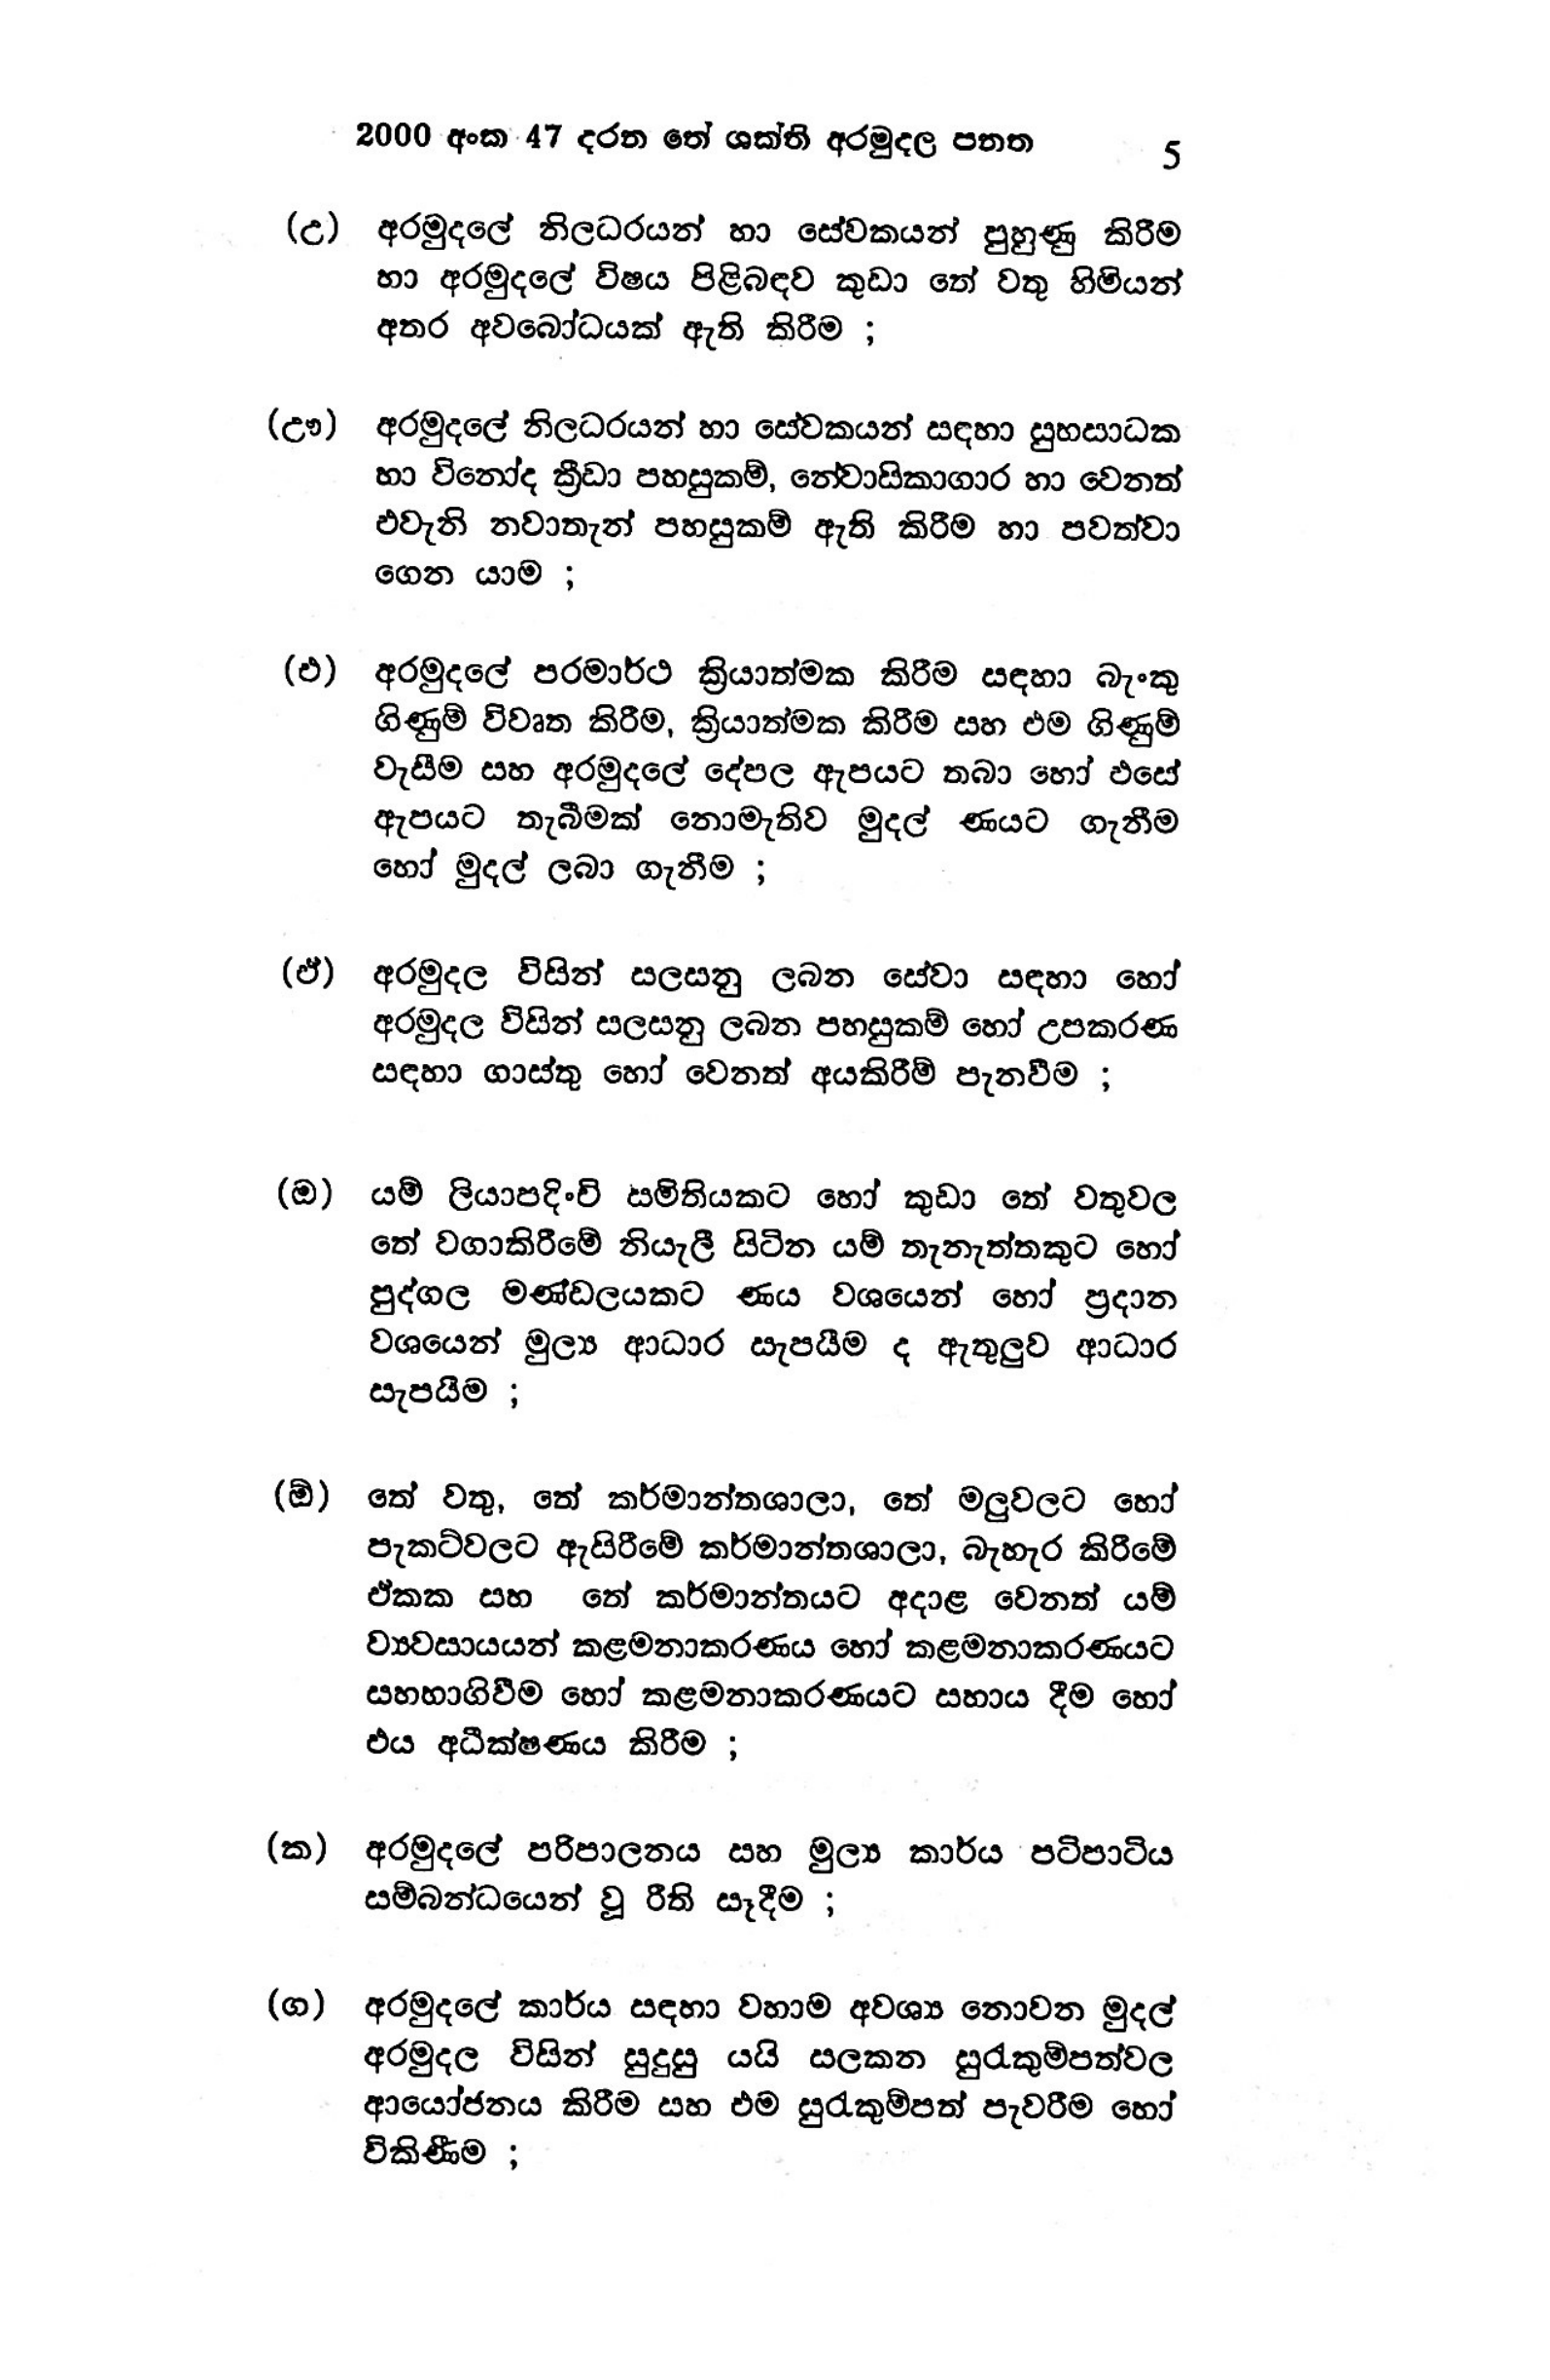
2000 අංක 47 දරන තේ ශක්ති අරමුදල පනත 5

(උ) අරමුදලේ නිලධරයන් හා සේවකයන් පුහුණු කිරීම
හා අරමුදලේ විෂය පිළිබඳව කුඩා තේ වතු හිමියන්
අතර අවබෝධයක් ඇති කිරීම ;

(ඌ) අරමුදලේ නිලධරයන් හා සේවකයන් සඳහා සුභසාධක
හා විනෝද ක්‍රීඩා පහසුකම්, නේවාසිකාගාර හා වෙනත්
එවැනි නවාතැන් පහසුකම් ඇති කිරීම හා පවත්වා
ගෙන යාම ;

(එ) අරමුදලේ පරමාර්ථ ක්‍රියාත්මක කිරීම සඳහා බැංකු
ගිණුම් විවෘත කිරීම, ක්‍රියාත්මක කිරීම සහ එම ගිණුම්
වැසීම සහ අරමුදලේ දේපල ඇපයට තබා හෝ එසේ
ඇපයට තැබීමක් නොමැතිව මුදල් ණයට ගැනීම
හෝ මුදල් ලබා ගැනීම ;

(ඒ) අරමුදල විසින් සලසනු ලබන සේවා සඳහා හෝ
අරමුදල විසින් සලසනු ලබන පහසුකම් හෝ උපකරණ
සඳහා ගාස්තු හෝ වෙනත් අයකිරීම් පැනවීම ;

(ඔ) යම් ලියාපදිංචි සමිතියකට හෝ කුඩා තේ වතුවල
තේ වගාකිරීමේ නියැලී සිටින යම් තැනැත්තකුට හෝ
පුද්ගල මණ්ඩලයකට ණය වශයෙන් හෝ ප්‍රදාන
වශයෙන් මුල්‍ය ආධාර සැපයීම ද ඇතුලුව ආධාර
සැපයීම ;

(ඕ) තේ වතු, තේ කර්මාන්තශාලා, තේ මලුවලට හෝ
පැකට්වලට ඇසිරීමේ කර්මාන්තශාලා, බැහැර කිරීමේ
ඒකක සහ තේ කර්මාන්තයට අදාළ වෙනත් යම්
ව්‍යවසායයන් කළමනාකරණය හෝ කළමනාකරණයට
සහභාගිවීම හෝ කළමනාකරණයට සහාය දීම හෝ
එය අධීක්ෂණය කිරීම ;

(ක) අරමුදලේ පරිපාලනය සහ මුල්‍ය කාර්ය පටිපාටිය
සම්බන්ධයෙන් වූ රීති සෑදීම ;

(ග) අරමුදලේ කාර්ය සඳහා වහාම අවශ්‍ය නොවන මුදල්
අරමුදල විසින් සුදුසු යයි සලකන සුරැකුම්පත්වල
ආයෝජනය කිරීම සහ එම සුරැකුම්පත් පැවරීම හෝ
විකිණීම ;